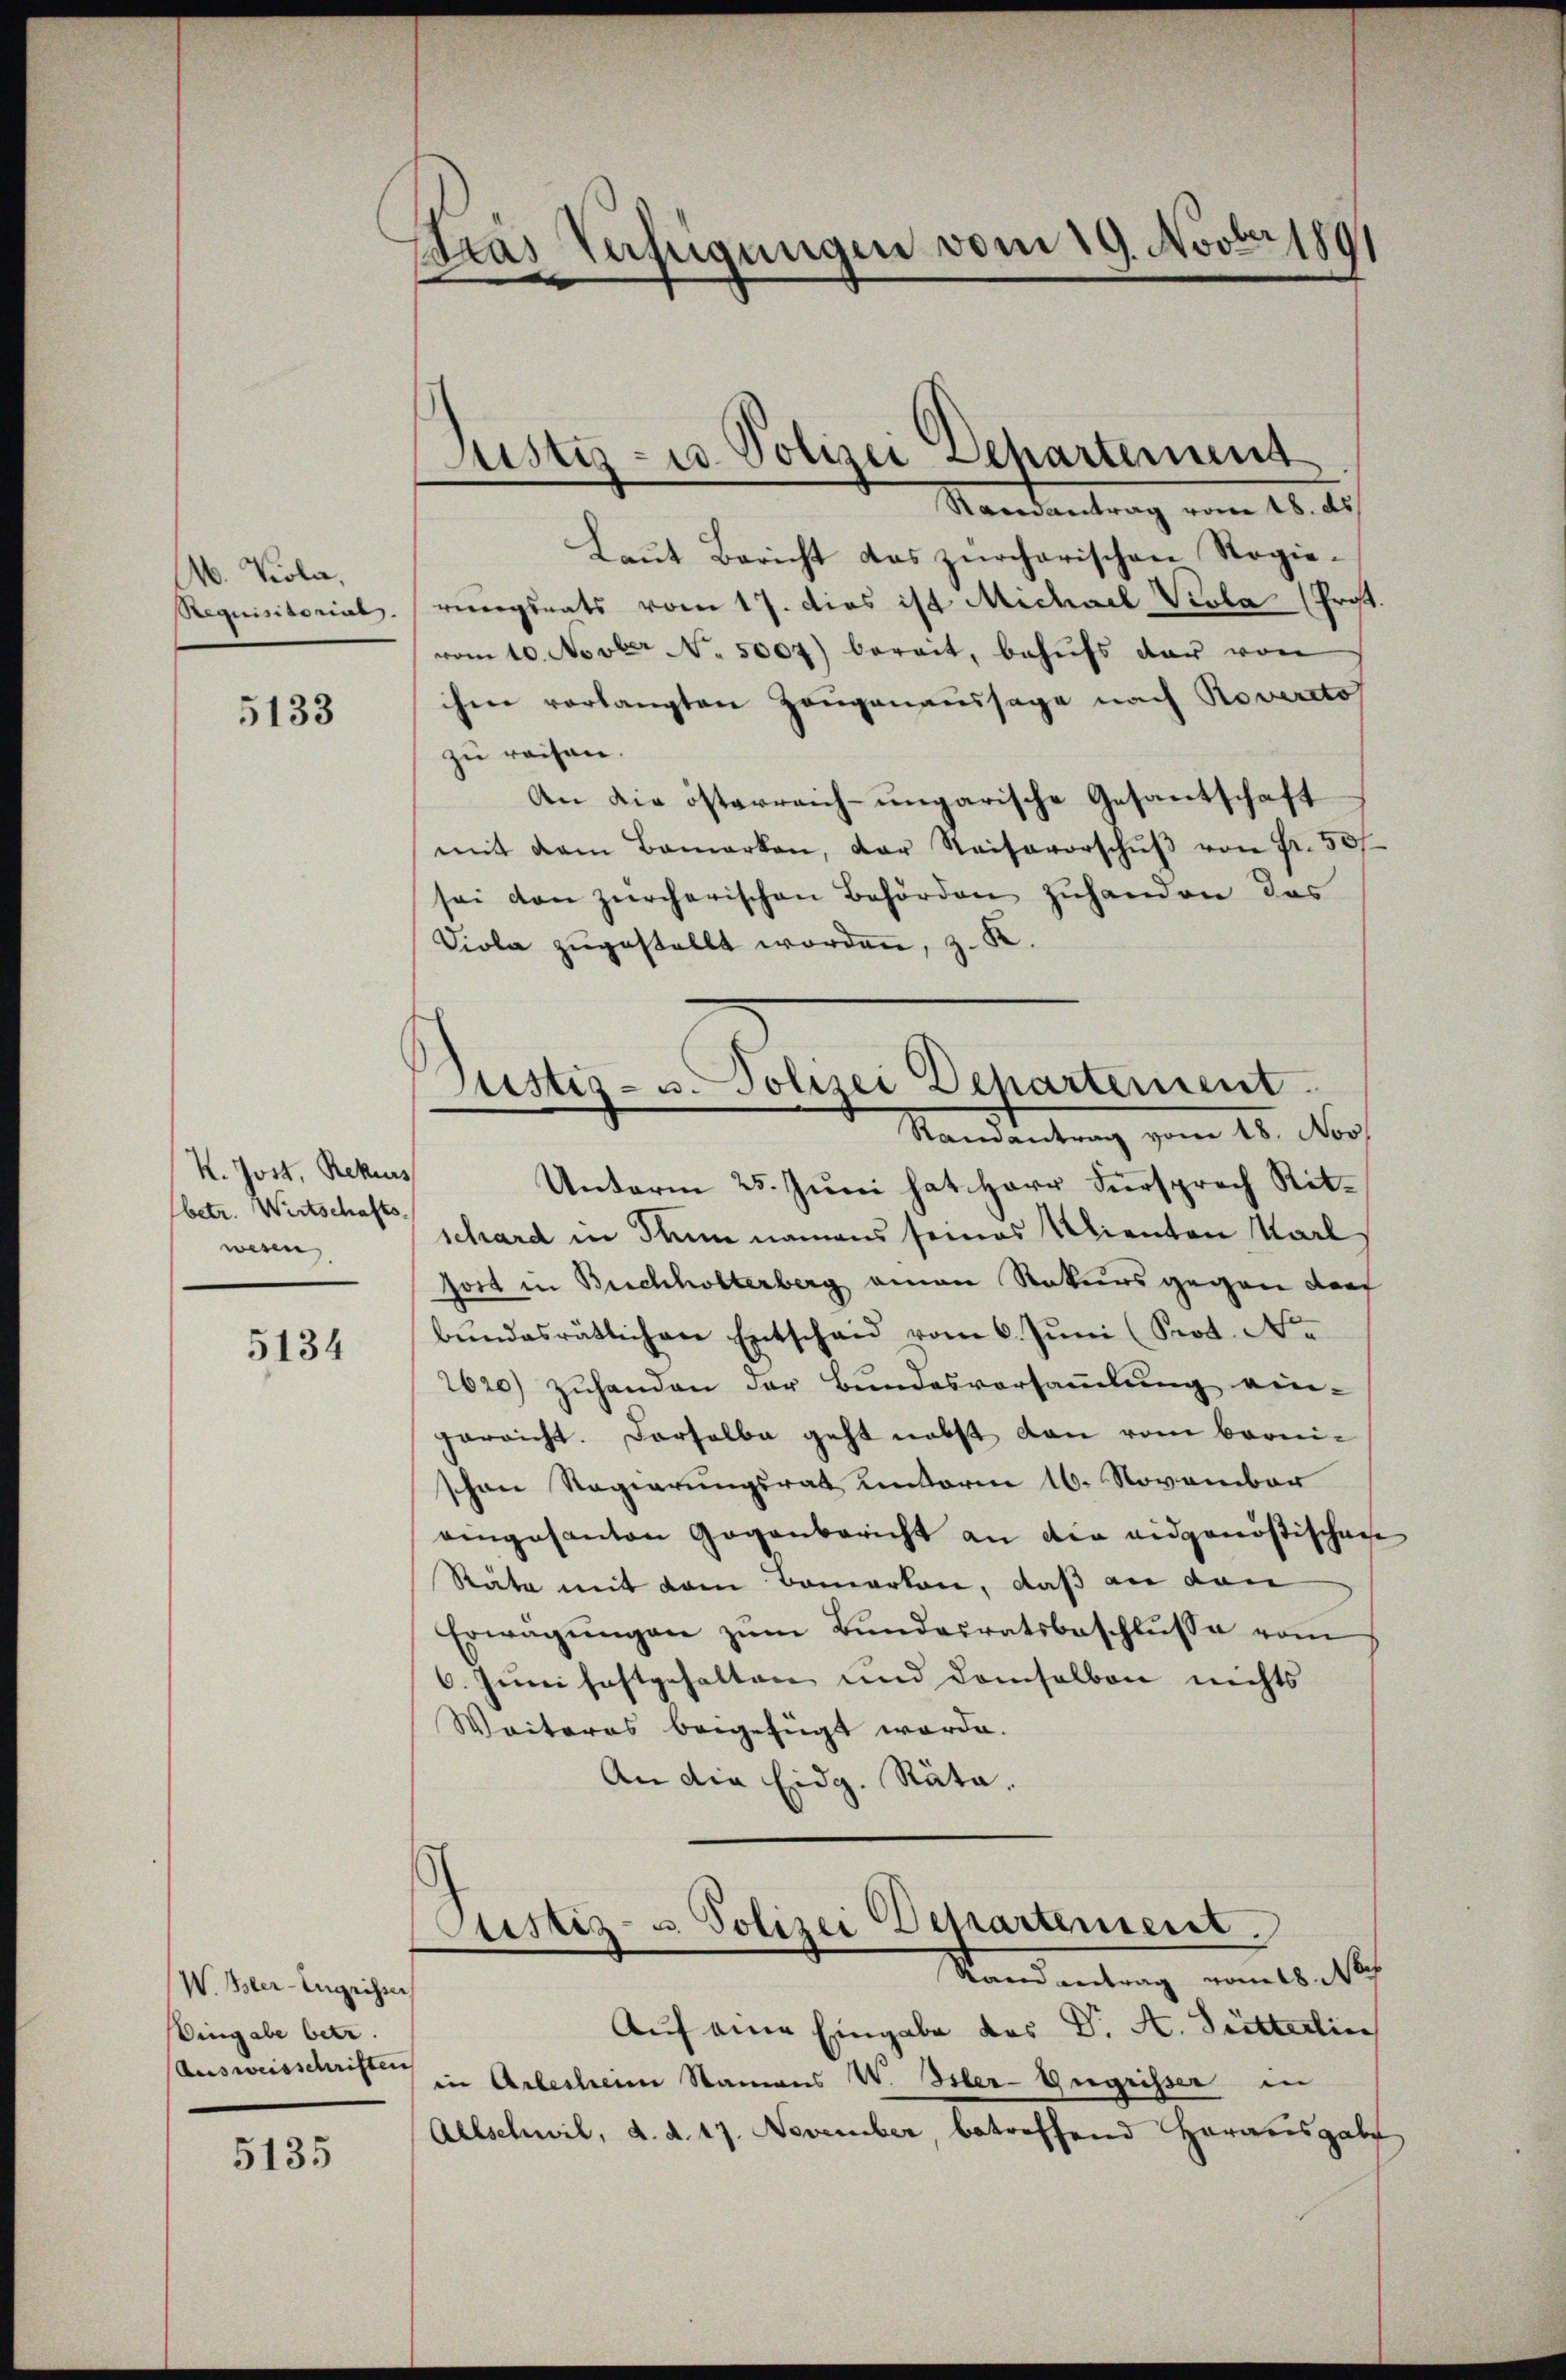
M. Kola,
Requisitorial.

5133

K. Jost, Rekurs
(betr. Wirtschafts-
wesen,

5134

W. Her-Engnisser
Eingabe betr.
Ausweisschriften

5135

Pras Verfügungen vom 19. Novber 1891

Justiz- u. Polizei Departement

Justiz- u. Polizei Departement.
Mandantung vom 15. Nor

Randantrag vom 18. ds
Laut Bericht das zürcherischen Regieriegsrats vom 17. dies ist Michael Viola (Prof.
vom 10. Novbr N. 5007) bereit, behŭfs der von
ihme vorlangten Zeugenaussage nach Rovercto
zu reisen.
An die österreich-ungarische Gesantschaft
mit dem Bemerken, der Reisevorschŭβ von Fr. 50f
sei den zürcherischen Behörden zuhanden das
Diola zugestellt worden, z. K.
Unterm 25. Juni hat Herr Fürsprech Ritschard in Thun namens seines Klienten Karl
fort in Buchholterberg einen Rekurs gegen darf
bŭndesrätlichen Entschaid vom 6. Jŭni (Srot. No
2620) zuhanden der Bundesversammlung ein-
gerricht. Darselbe geht nebst dann vom bronischon Regierungsrat unterm 16. November
aingesanten Gegenbericht an die eidgenössischen
Räte mit dem Bomerten, daß an dan
Erwägŭngen zŭm Bŭndesratsbeschlŭsse vom
6. Juni festgehalten und demselben nichts
Weiteres beigefügt werde.
An die Eidg. Räta.

Justiz- u. Polizei Departement.
Randantrag vom 18. Noch

Auf eine Eingabe des Dr. A. Sitterlin
in Arlesheim Namens W. Hier-Gugrisser in
Allschwil, d. d. 17. November, betreffend Herausgabe